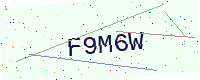
Text: F9M6W